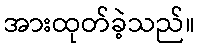
အားထုတ်ခဲ့သည်။